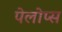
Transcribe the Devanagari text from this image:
पेलोप्स